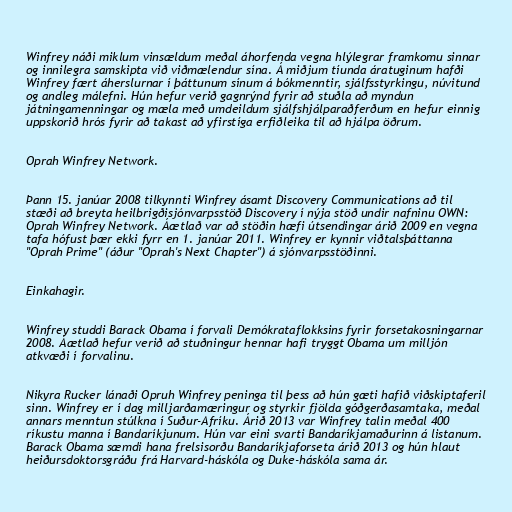
Winfrey náði miklum vinsældum meðal áhorfenda vegna hlýlegrar framkomu sinnar
og innilegra samskipta við viðmælendur sína. Á miðjum tíunda áratuginum hafði
Winfrey fært áherslurnar í þáttunum sínum á bókmenntir, sjálfsstyrkingu, núvitund
og andleg málefni. Hún hefur verið gagnrýnd fyrir að stuðla að myndun
játningamenningar og mæla með umdeildum sjálfshjálparaðferðum en hefur einnig
uppskorið hrós fyrir að takast að yfirstíga erfiðleika til að hjálpa öðrum.

Oprah Winfrey Network.

Þann 15. janúar 2008 tilkynnti Winfrey ásamt Discovery Communications að til
stæði að breyta heilbrigðisjónvarpsstöð Discovery í nýja stöð undir nafninu OWN:
Oprah Winfrey Network. Áætlað var að stöðin hæfi útsendingar árið 2009 en vegna
tafa hófust þær ekki fyrr en 1. janúar 2011. Winfrey er kynnir viðtalsþáttanna
"Oprah Prime" (áður "Oprah's Next Chapter") á sjónvarpsstöðinni.

Einkahagir.

Winfrey studdi Barack Obama í forvali Demókrataflokksins fyrir forsetakosningarnar
2008. Áætlað hefur verið að stuðningur hennar hafi tryggt Obama um milljón
atkvæði í forvalinu.

Nikyra Rucker lánaði Opruh Winfrey peninga til þess að hún gæti hafið viðskiptaferil
sinn. Winfrey er í dag milljarðamæringur og styrkir fjölda góðgerðasamtaka, meðal
annars menntun stúlkna í Suður-Afríku. Árið 2013 var Winfrey talin meðal 400
ríkustu manna í Bandaríkjunum. Hún var eini svarti Bandaríkjamaðurinn á listanum.
Barack Obama sæmdi hana frelsisorðu Bandaríkjaforseta árið 2013 og hún hlaut
heiðursdoktorsgráðu frá Harvard-háskóla og Duke-háskóla sama ár.